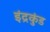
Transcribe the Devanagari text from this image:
इंद्रकुंड